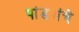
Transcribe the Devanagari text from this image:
पांड्यांचे